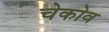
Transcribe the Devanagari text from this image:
चेकोव